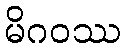
မိဂဝဿ